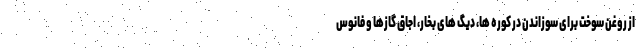
از روغن سوخت برای سوزاندن در کوره ها، دیگ های بخار، اجاق گازها و فانوس